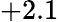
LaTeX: +2.1